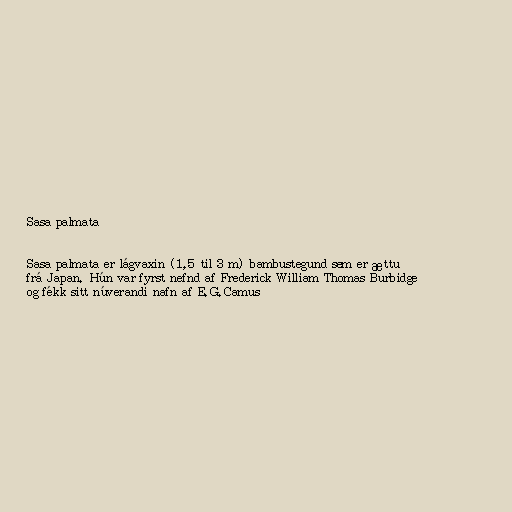
Sasa palmata

Sasa palmata er lágvaxin (1,5 til 3 m) bambustegund sem er ættuð
frá Japan. Hún var fyrst nefnd af Frederick William Thomas Burbidge
og fékk sitt núverandi nafn af E.G.Camus